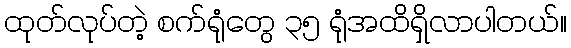
ထုတ်လုပ်တဲ့ စက်ရုံတွေ ၃၅ ရုံအထိရှိလာပါတယ်။